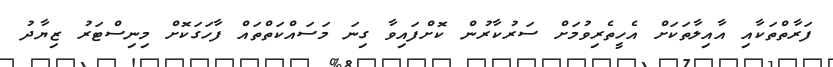
ފަރާތްތަކާއި އާއިލާތަކަށް އެހީތެރިވުމަށް ސަރުކާރުން ކޮށްފައިވާ ގިނަ މަސައްކަތްތައް ފާހަގަކޮށް މިނިސްޓަރު ޒިޔާދު